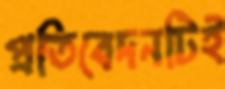
প্রতিবেদনটিই